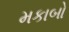
મકાબો